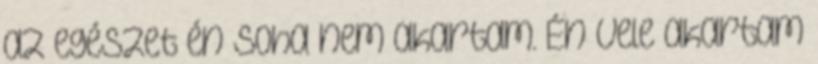
az egészet én soha nem akartam. Én vele akartam